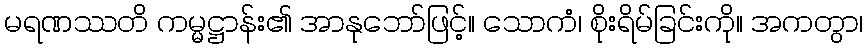
မရဏဿတိ ကမ္မဋ္ဌာန်း၏ အာနုဘော်ဖြင့်။ သောကံ၊ စိုးရိမ်ခြင်းကို။ အကတွာ၊